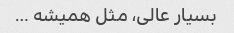
بسیار عالی، مثل همیشه …